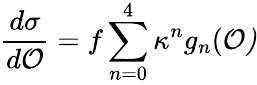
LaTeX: {\frac{d\sigma}{d\cal O}}=f\sum_{n=0}^{4}\kappa^{n}g_{n}(\cal O)